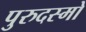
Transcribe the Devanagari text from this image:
पुरुदस्मो